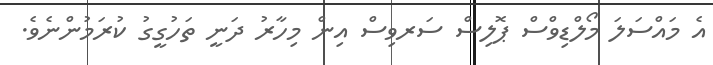
އެ މައްސަލަ މޯލްޑިވްސް ޕޮލިސް ސަރވިސް އިން މިހާރު ދަނީ ތަހުގީގު ކުރަމުންނެވެ.